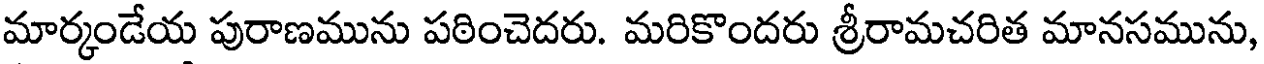
మార్కండేయ పురాణమును పఠించెదరు. మరికొందరు శ్రీరామచరిత మానసమును,